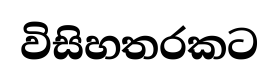
විසිහතරකට